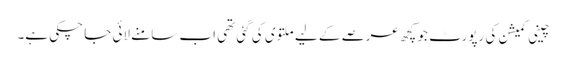
چینی کمیشن کی رپورٹ جو کچھ عرصے کے لیے ملتوی کی گئی تھی اب سامنے لائی جا چکی ہے۔